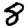
Digit: 8